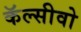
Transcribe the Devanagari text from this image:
कॅल्सीवो